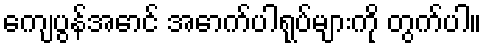
ကျေပွန်အောင် အောက်ပါရုပ်များကို တွက်ပါ။